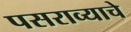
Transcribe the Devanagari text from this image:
पसराव्याचे